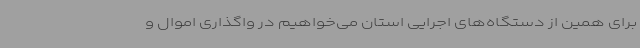
برای همین از دستگاه‌های اجرایی استان می‌خواهیم در واگذاری اموال و